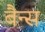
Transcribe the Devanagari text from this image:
बैन्स